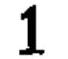
\(1\)